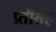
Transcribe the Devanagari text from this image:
प्रतीसह